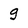
Character: g